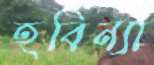
হবিন্যা